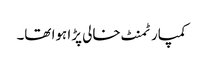
کمپارٹمنٹ خالی پڑا ہوا تھا۔